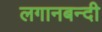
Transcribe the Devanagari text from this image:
लगानबन्दी